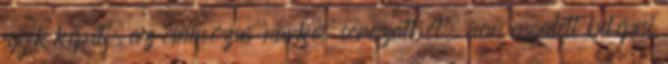
egyik képét, az ominózus 'narkós' sorozatból, nem engedett belépni